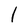
Character: l